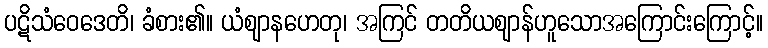
ပဋိသံဝေဒေတိ၊ ခံစား၏။ ယံဈာနဟေတု၊ အကြင် တတိယဈာန်ဟူသောအကြောင်းကြောင့်။